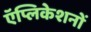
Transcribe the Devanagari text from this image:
ऍप्लिकेशनों